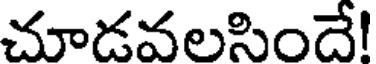
చూడవలసిందే!